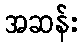
အဆန်း